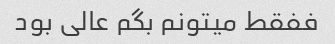
ففقط میتونم بگم عالی بود